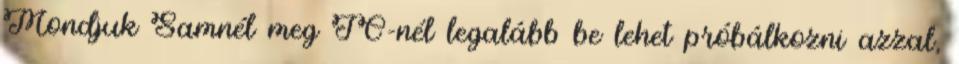
Mondjuk Samnél meg JC-nél legalább be lehet próbálkozni azzal,